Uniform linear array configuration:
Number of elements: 24
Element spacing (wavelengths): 0.25
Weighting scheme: kaiser
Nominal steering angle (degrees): -30
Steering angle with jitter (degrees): -29.484
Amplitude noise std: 0.05
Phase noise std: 0.05

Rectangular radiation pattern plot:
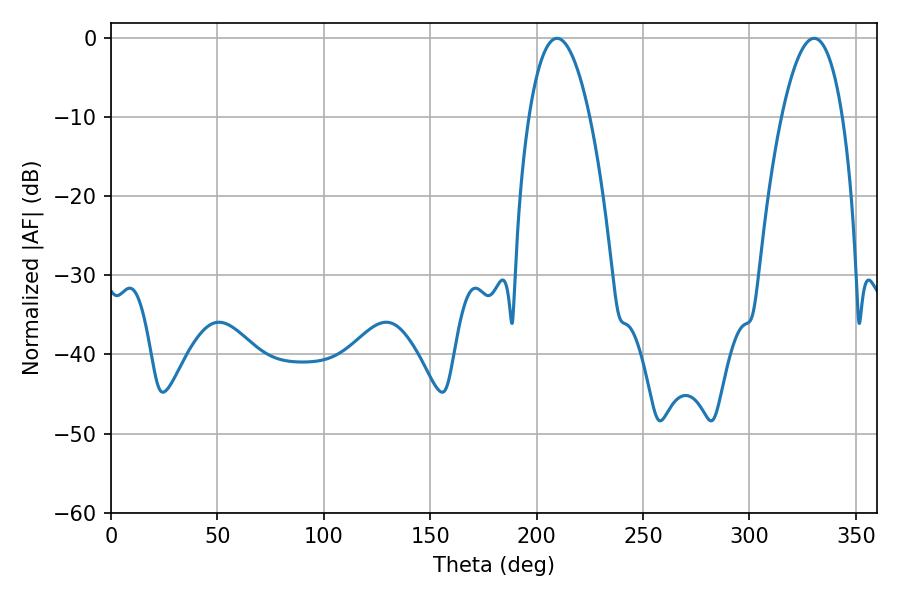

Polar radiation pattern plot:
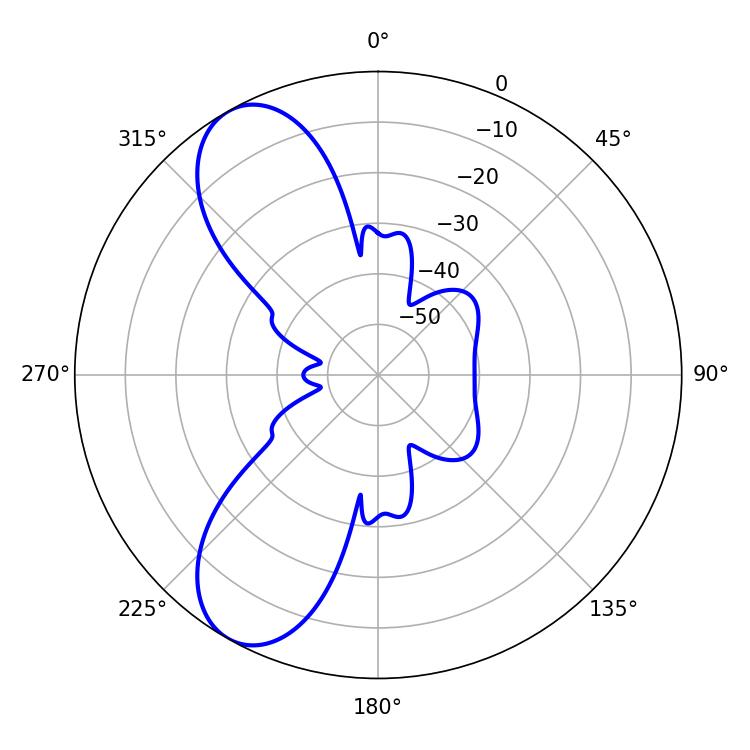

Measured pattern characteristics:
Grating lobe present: FALSE
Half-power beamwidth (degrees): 15.84
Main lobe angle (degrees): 209.52